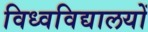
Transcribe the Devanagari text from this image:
विध्वविद्यालयों